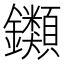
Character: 𨰥